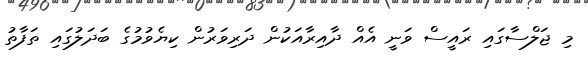
މި ޖަލްސާގައި ރައީސް ވަނީ އެއް ދާއިރާއަކުން ދަރިވަރުން ކިޔެވުމުގެ ބަދަލުގައި ތަފާތު